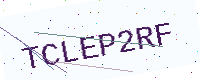
Text: TCLEP2RF